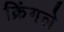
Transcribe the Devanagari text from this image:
क्रिंगले